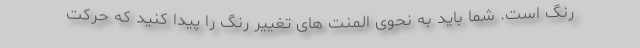
رنگ است. شما باید به نحوی المنت های تغییر رنگ را پیدا کنید که حرکت